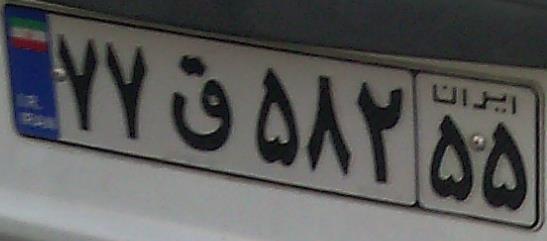
۷۷ق۵۸۲۵۵